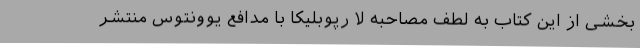
بخشی از این کتاب به لطف مصاحبه لا رپوبلیکا با مدافع یوونتوس منتشر